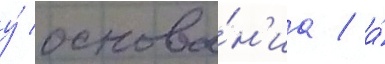
у́ основа́н'иа / а́